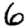
Digit: 6